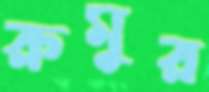
রুমুর